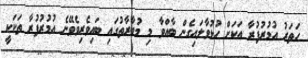
ހަތަރު އުމުރުފުރާ އަކަށް ހުޅުވާލައިގެން ބާއްވާ މި މުބާރާތުގައި ބައިވެރިވެވޭނެ އުމުރުފުރާ ތަކަކީ